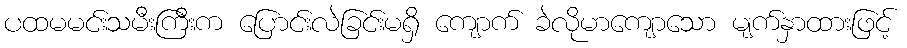
ပထမမင်းသမီးကြီးက ပြောင်းလဲခြင်းမရှိ ကျောက် ခဲလိုမာကျောသော မျက်နှာထားဖြင့်